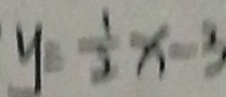
y = \frac { 1 } { 2 } x - 3